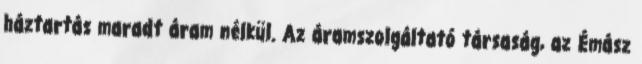
háztartás maradt áram nélkül. Az áramszolgáltató társaság, az Émász